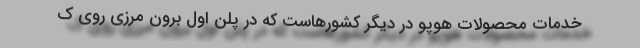
خدمات محصولات هوپو در دیگر کشورهاست که در پلن اول برون مرزی روی ک